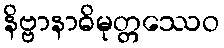
နိဗ္ဗာနာဓိမုတ္တဿေဝ